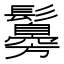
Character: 䰓